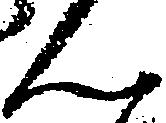
ん